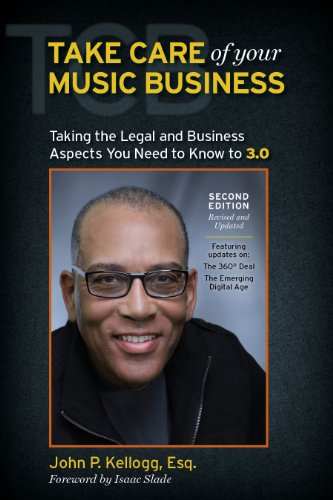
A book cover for Take Care of Your Music Business, Taking the Legal and Business Aspects You Need to Know to 3.0; Esq. John P. Kellogg; Arts & Photography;